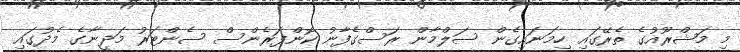
މި މަޝްރޫއުގެ ތެރޭގައި ހިމަނައިގެން ސަލްމާން ރަސްގެފާނު ކޮންފަރެންސް ސެންޓަރު މަދީނާގެ މެދުގައި